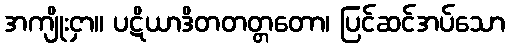
အကျိုးငှာ။ ပဋိယာဒိတတတ္တတော၊ ပြင်ဆင်အပ်သော